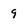
Character: 9